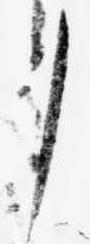
御